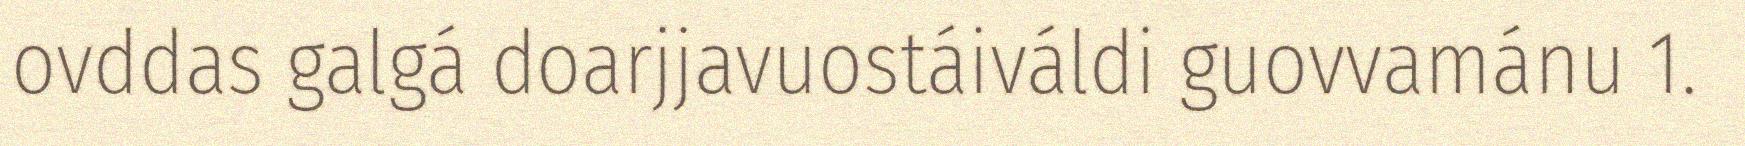
ovddas galgá doarjjavuostáiváldi guovvamánu 1.